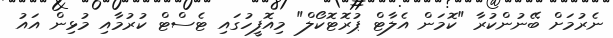
ނެރުމަށް ބޭނުންކުރާ "ކޮމަން އެލާޓް ޕުރޮޓޮކޯލް" މިއޮފީހުގައި ޓެސްޓް ކުރުމާއި މުޅިން އައު